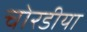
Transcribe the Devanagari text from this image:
चोरडीया